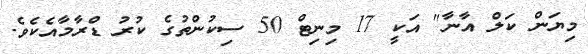
މިޔަން ކަލް އާނާ" އަކީ 17 މިނިޓް 50 ސިކުންތުގެ ކުރު ޑްރާމާއެކެެވެ.